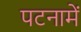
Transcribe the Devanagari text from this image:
पटनामें